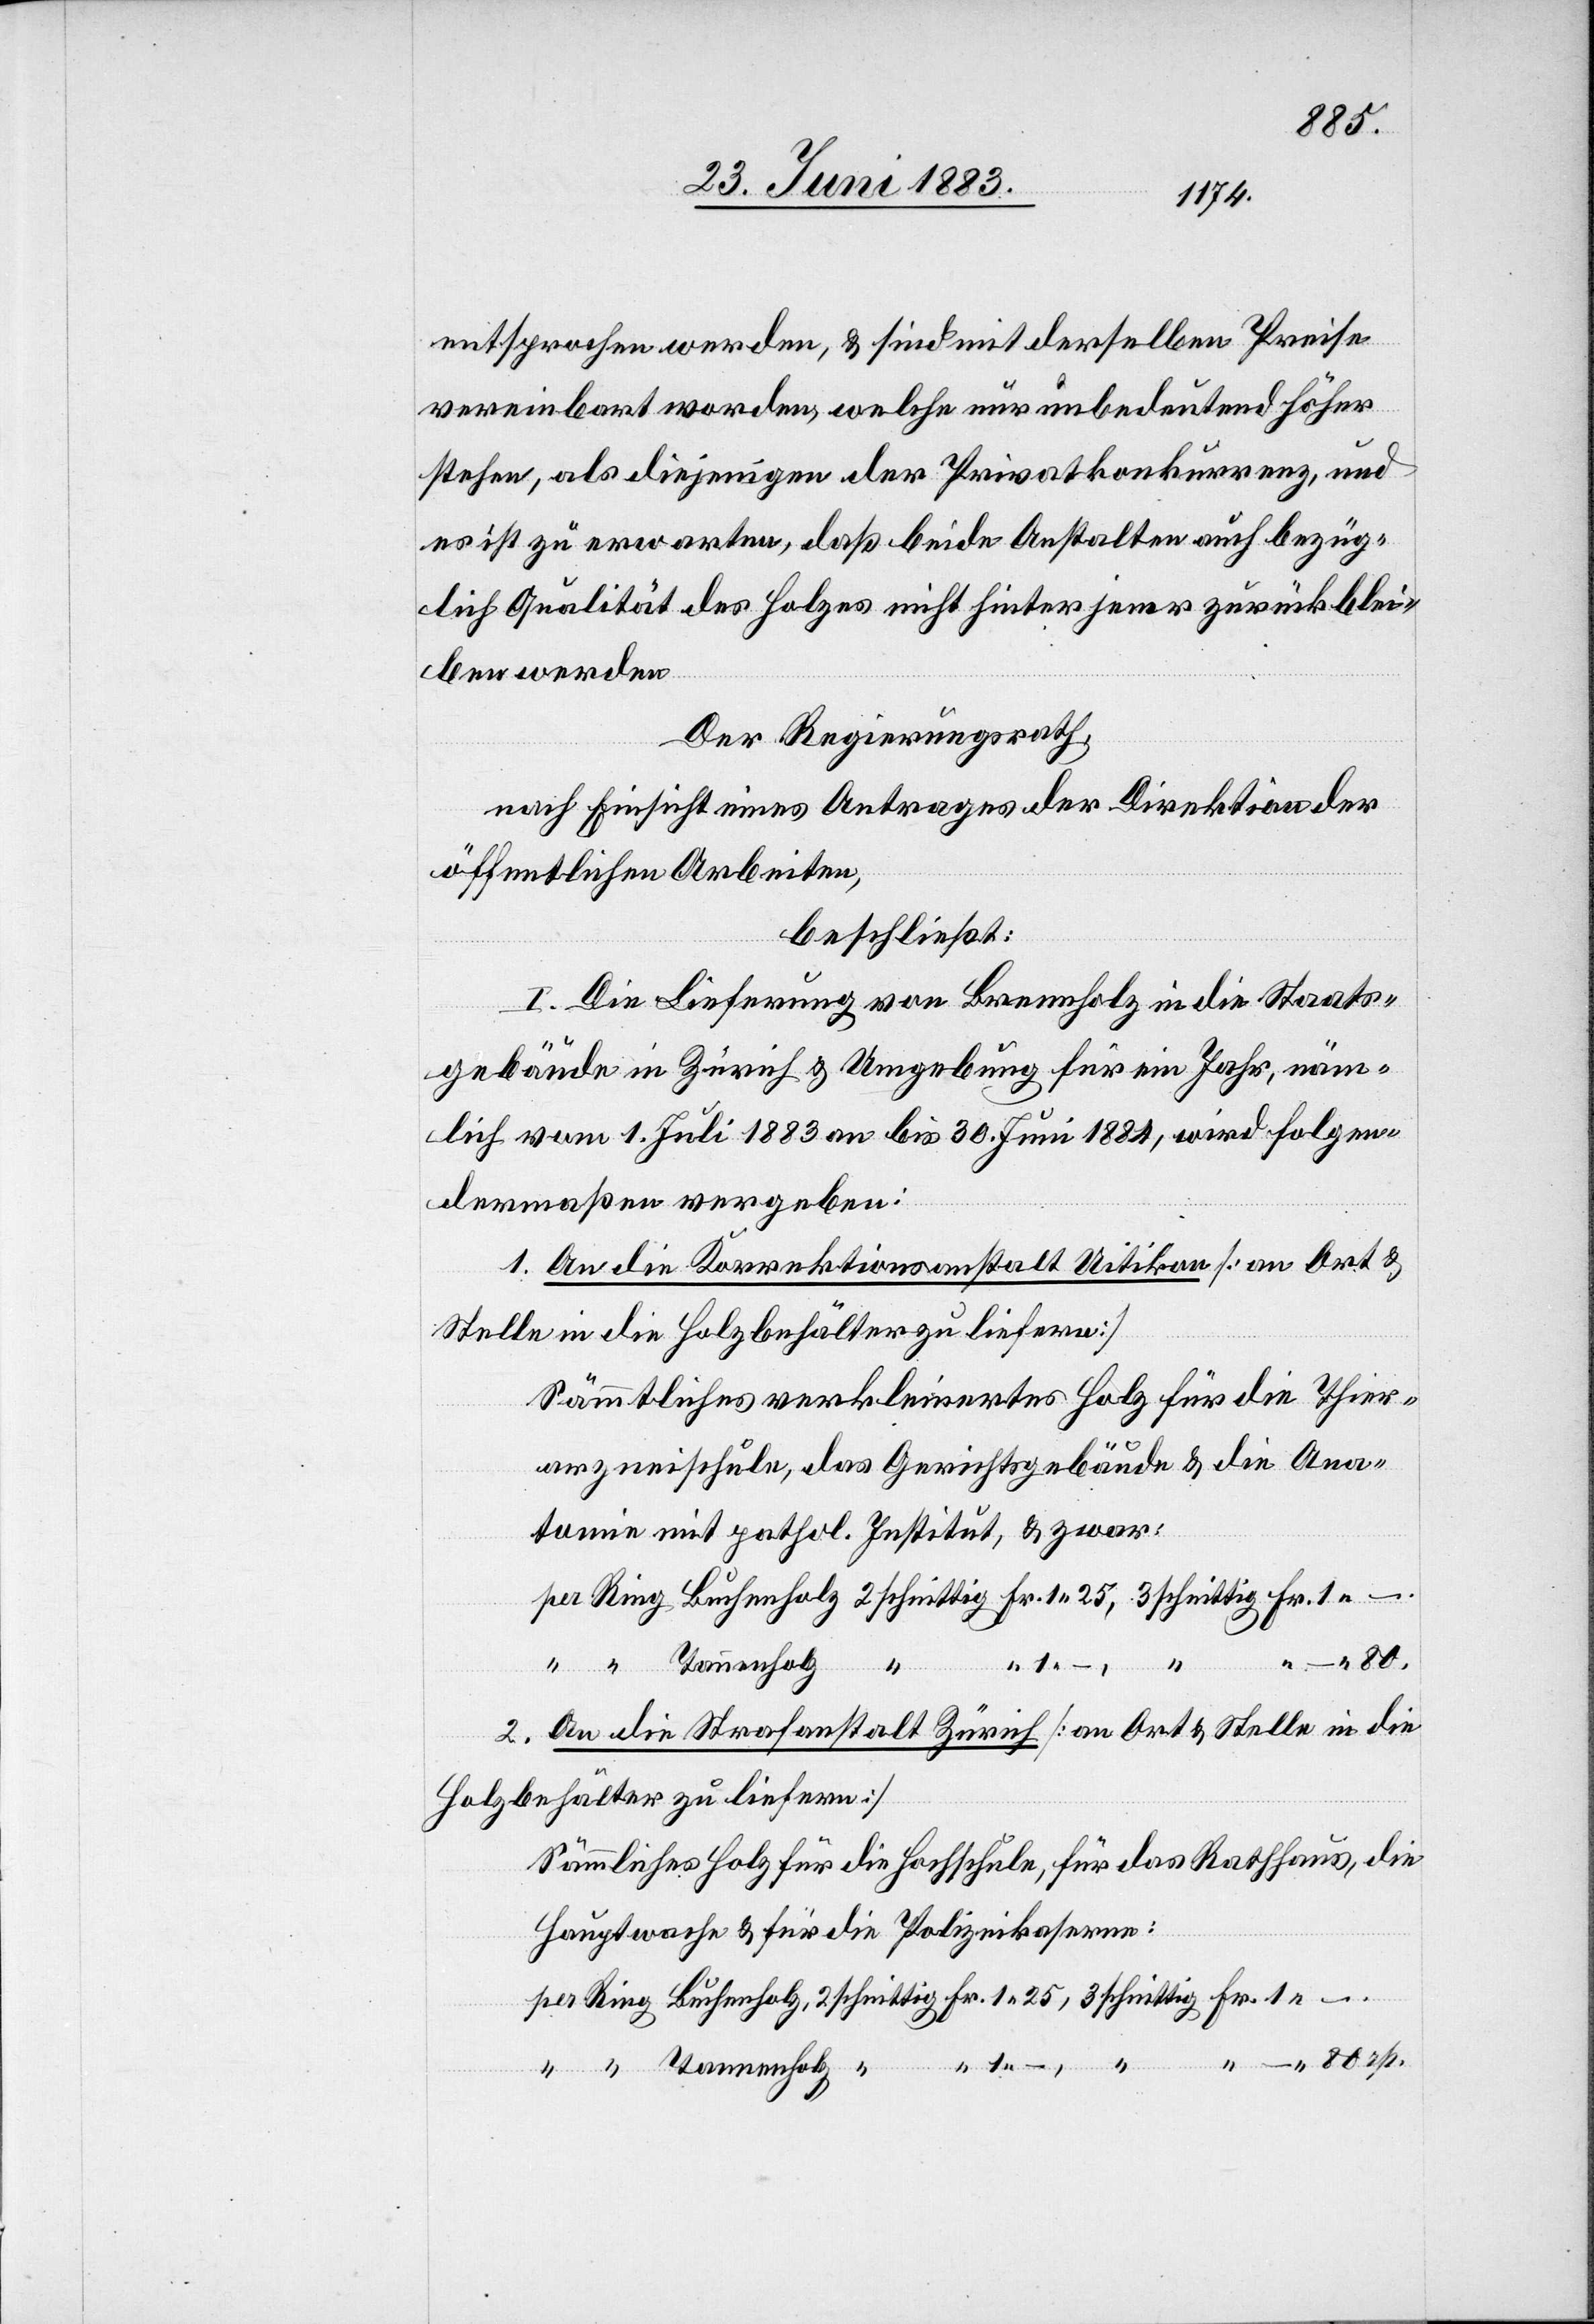
80.
entsprochen werden, & sind mit derselben Preise
vereinbart worden, welche nur unbedeutend höher
stehen, als diejenigen der Privatkonkurrenz, und
es ist zu erwarten, daß beide Anstalten auch bezüg¬
lich Qualität des Holzes nicht hinter jener zurückblei¬
ben werden.
Der Regierungsrath,
nach Einsicht eines Antrages der Direktion der
öffentlichen Arbeiten,
beschließt:
I. Die Lieferung von Brennholz in die Staats¬
gebäude in Zürich & Umgebung für ein Jahr, näm¬
lich vom 1. Juli 1883 an bis 30. Juni 1884, wird folgen¬
dermaßen vergeben:
1. An die Korrektionsanstalt Uitikon [an Ort &
Stelle in die Holzbehälter zu liefern]
Sämmtliches verkleinertes Holz für die Thier¬
arzneischule, das Gerichtsgebäude & die Ana¬
tomie mit pathol. Institut, & zwar:
per Ring Buchenholz, 2 schnittig Fr. 1 25, 3 schnittig Fr. 1 –.
“ “ Tannholz
An die Strafanstalt Zürich [an Ort & Stelle in die
2.
Holzbehälter zu liefern]
Sämmtliches Holz für die Hochschule, für das Rathhaus, die
Hauptwache & für die Polizeikaserne: